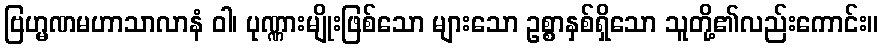
ဗြဟ္မဏမဟာသာလာနံ ဝါ၊ ပုဏ္ဏားမျိုးဖြစ်သော များသော ဥစ္စာနှစ်ရှိသော သူတို့၏လည်းကောင်း။